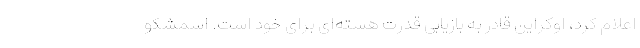
اعلام کرد، اوکراین قادر به بازیابی قدرت هسته‌ای برای خود است. اسمشکو